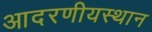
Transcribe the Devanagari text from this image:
आदरणीयस्थान